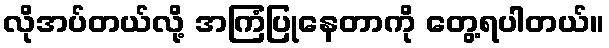
လိုအပ်တယ်လို့ အကြံပြုနေတာကို တွေ့ရပါတယ်။